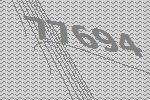
77694